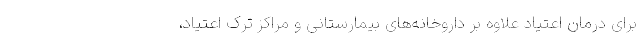
برای درمان اعتیاد علاوه بر داروخانه‌های بیمارستانی و مراکز ترک اعتیاد،